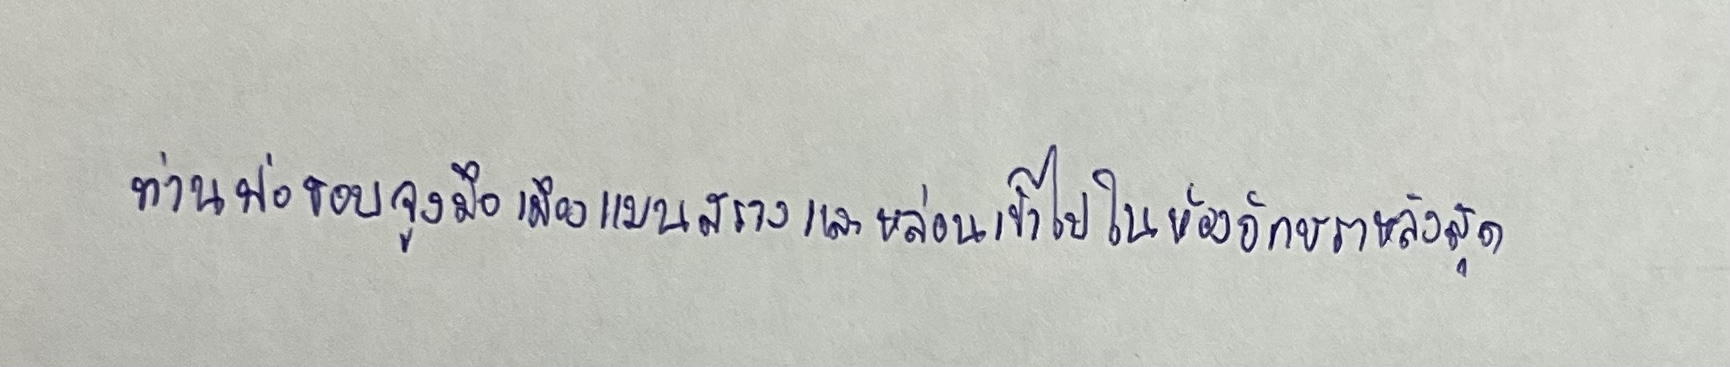
ท่านพ่อชอบจูงมือเมืองแมนสรวงและหล่อนเข้าไปในห้องอักษราหลังสุด